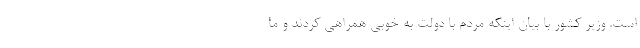
است. وزیر کشور با بیان اینکه مردم با دولت به خوبی همراهی کردند و ما